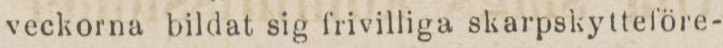
veckorna bildat sig frivilliga skarpskytteföre-